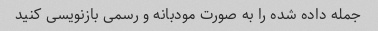
جمله داده شده را به صورت مودبانه و رسمی بازنویسی کنید